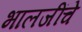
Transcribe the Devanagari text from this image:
भालजींचे